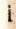
i